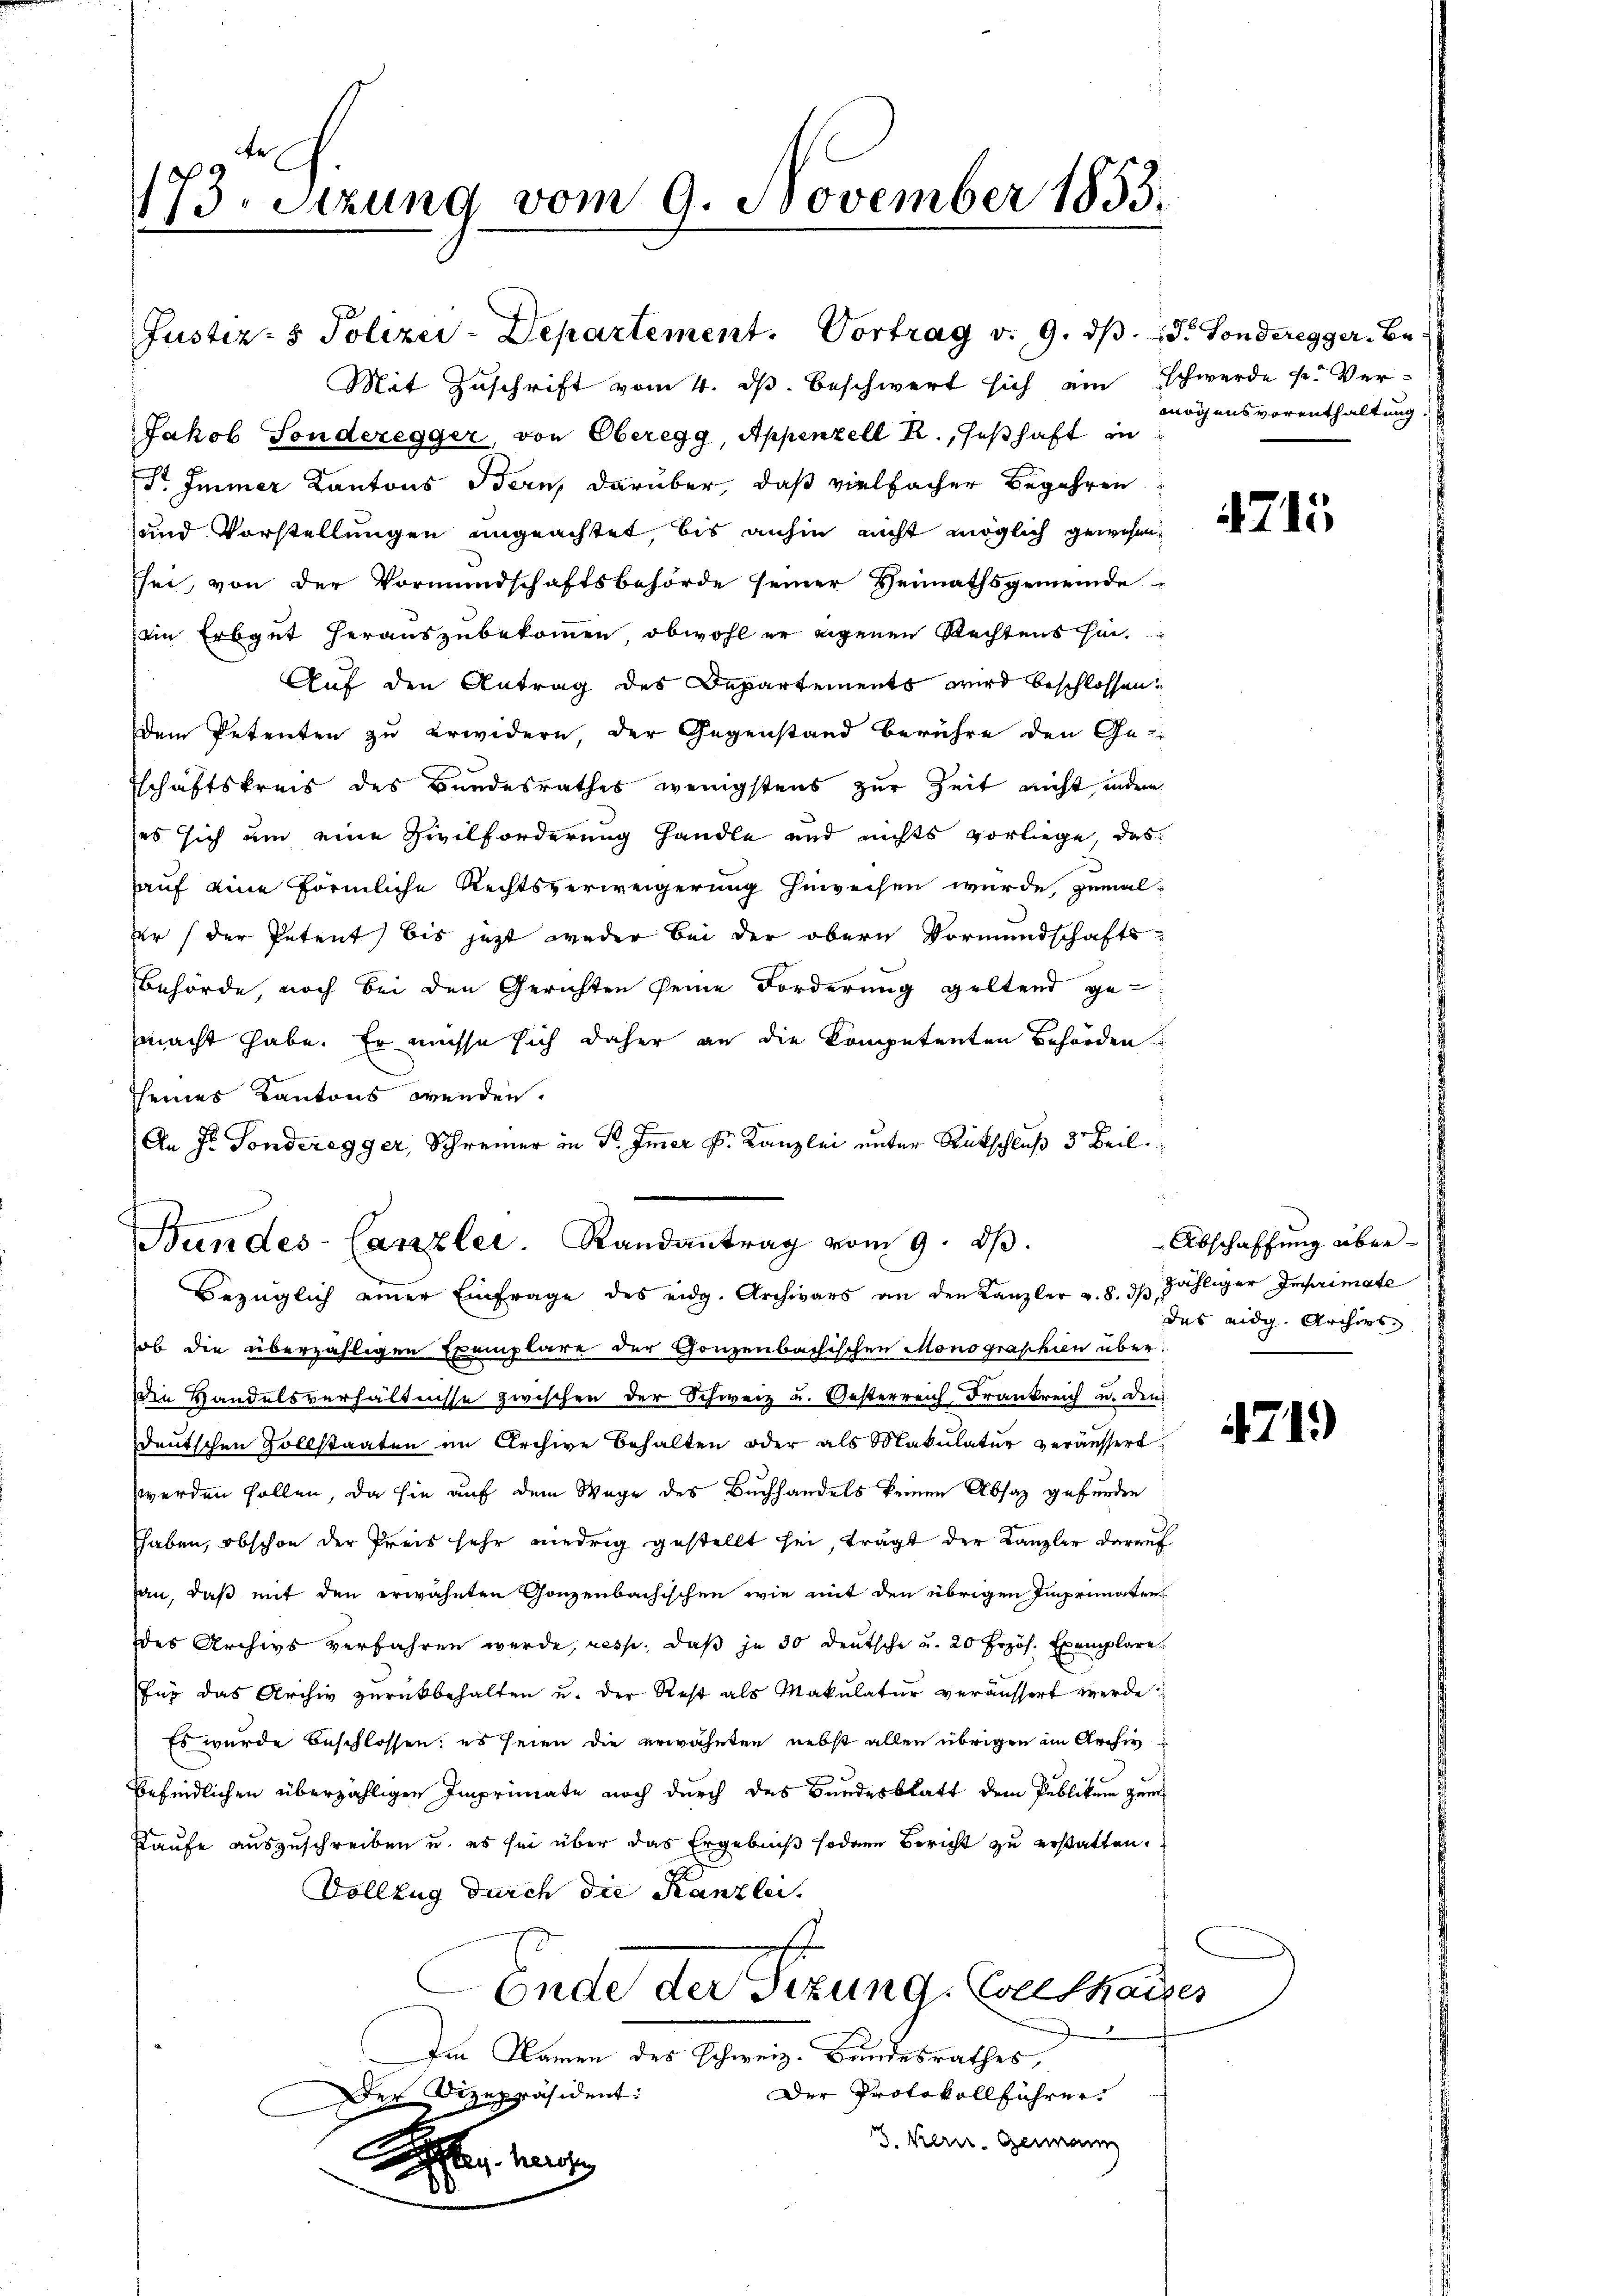
173. Setzung vom 9. November 1853.

Mit Zuschrift vom 4. ds. beschwert sich ein schwerde u. Ver-
Jakob Sonderegger, von Oberegg, Appenzell R., seßhaft in
I. Immer Kantons Bern, darüber, daß vielfacher Begehren
und Vorstellungen ungeachtet, bis anhin nicht möglich gewesen,
sei, von der Vormundschaftsbehörde seiner Heimathsgemeinde-
ein Erbgut herauszubekommen, obwohl er eigenen Rechtens hin
Auf den Antrag des Departements wird beschlossen.
dem Petenten zu erwidern, der Gegenstand berühre den Ge-
Tschaftskreis des Bundesrathes wenigstens zur Zeit nicht, indem
es sich um eine Zivilforderung handle und nichts vorliege, das
hauf eine förmliche Rechtsverweigerung zuweisen wurde, jemal
er / der Petent bis jetzt weder bei der obern Vormundschafts-
Behörde, noch bei den Gerichten seine Forderung geltend gemacht habe. Er müsse sich daher an die Kompetenten Behörden
seines Kantons wenden.
An Fr. Sonderegger, Schreiner in P. Immer k. Kanzlei unter Rutschluß 3 Beil.
f

Bundes-Canzlei. Randantrag vom 9. dβ.
Bezüglich einer Einfrage des eidg. Archivars an den Kanzler u. 8. dβ,

Justiz- & Polizei-Departement. Vortrag v. 9. d. d. Sonderegger Be-

ob die überzähligen Exemplare der Ganzenbachischen Monographien über:
Die Handelsverhältnisse zwischen der Schweiz u. Gesterreich, Frankreich u. den
deutschen Zollstaaten im Archive behalten oder als Makulatur veräussert,
werden sollen, da sie auf dem Wage des Buchhandels keinen Absatz gefunden
haben, obschon der Preis sehr niedrig gestellt sei, trägt der Kanzler darauf
an, daß mit den erwähnten Ganzenbachischen wie mit den übrigen Imprimaten
des Archivs verfahren werde, resp. daβ je 30 Deutsche u. 20 frzöh. Exemplare
für das Archiv zurückbehalten u. der Rest als Makulatur veräussert werde
Es wurde beschlossen; es seien die erwähnten nebst allen übrigen im Archiv
f
befindlichen überzähligen Imprimate noch durch das Bundesblatt dem Publikum zum
Kaufe auszuschreiben u. es sei über das Ergebniß sodann Bericht zu erstatten.
Vollzug durch die Kanzlei.
.
Ende der Sizung, Velthau
Im Namen des Schweiz. Bundesrathes,
Der Protokollführer
Der Vizepräsident:
3. Meri. Germann
Beg her

mögensvorenthaltung.

Abschaffung überzähliger Imprimate
des eidg. Archivs

2

4715

4719